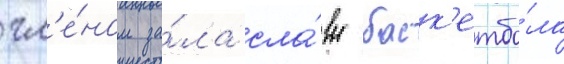
чл'е́ном за́ла сла́вы баск'етбо́ла